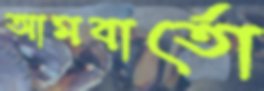
আমবার্তো